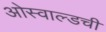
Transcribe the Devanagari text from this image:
ओस्वाल्डची